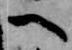
へ